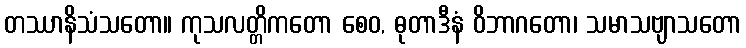
တဿာနိသံသတော။ ကုသလတ္တိကတော စေဝ, ဓုတာဒီနံ ဝိဘာဂတော၊ သမာသဗျာသတော